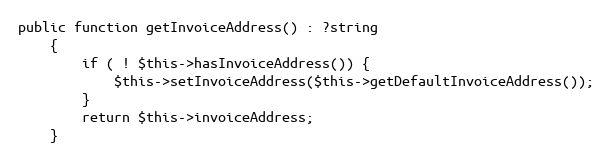
Language: PHP
public function getInvoiceAddress() : ?string
    {
        if ( ! $this->hasInvoiceAddress()) {
            $this->setInvoiceAddress($this->getDefaultInvoiceAddress());
        }
        return $this->invoiceAddress;
    }